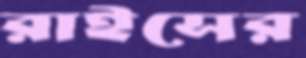
রাইসের